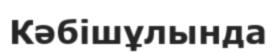
Кәбішұлында